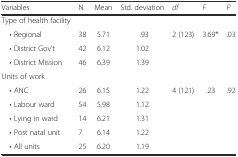
| Variables | N | Mean | Std. deviation | df | F | P |
 | --- | --- | --- | --- | --- | --- | --- |
 | Type of health facility |  |  |  |  |  |  |
 | • Regional | 38 | 5.71 | .93 | 2 (123) | 3.69* | .03 |
 | • District Gov’t | 42 | 6.12 | 1.02 |  |  |  |
 | • District Mission | 46 | 6.39 | 1.39 |  |  |  |
 | Units of work |  |  |  |  |  |  |
 | • ANC | 26 | 6.15 | 1.22 | 4 (121) | .23 | .92 |
 | • Labour ward | 54 | 5.98 | 1.12 |  |  |  |
 | • Lying in ward | 14 | 6.21 | 1.31 |  |  |  |
 | • Post natal unit | 7 | 6.14 | 1.22 |  |  |  |
 | • All units | 25 | 6.20 | 1.19 |  |  |  |